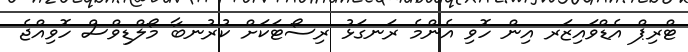
ޓްރިޕް އެޑްވައިޒަރ އިން ހޮވި އެންމެ ރަނގަޅު ރިސޯޓަކަށް ކުރުނބާ މޯލްޑިވްސް ހޮވިއްޖެ